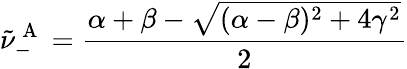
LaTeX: \tilde{\nu}_{-}^{\mathrm{~A~}}=\frac{\alpha+\beta-\sqrt{(\alpha-\beta)^{2}+4\gamma^{2}}}{2}